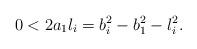
LaTeX: \begin{align*} 0 < 2 a_1 l_i = b_i^2 - b_1^2 - l_i^2.\end{align*}